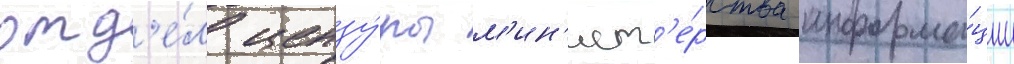
отд'е́л цензу́ры м'ин'ист'е́рства информа́ции